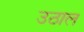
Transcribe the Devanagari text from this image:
उठाल